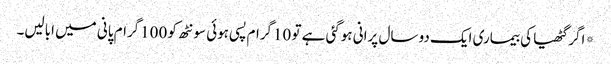
*اگر گٹھیا کی بیماری ایک دو سال پرانی ہوگئی ہے تو 10گرام پسی ہوئی سونٹھ کو 100گرام پانی میں ابالیں۔